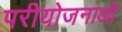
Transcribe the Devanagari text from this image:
परीयोजनाओ